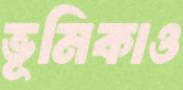
ভূমিকাও